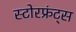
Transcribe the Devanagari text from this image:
स्टोरफ्रंट्स